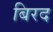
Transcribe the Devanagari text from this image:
बिरद